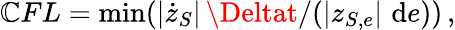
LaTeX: \mathbb{C}FL=\operatorname*{min}(|\dot{{z}}_{S}|\, \Deltat/(|z_{S,e}|\, \, \mathrm{{d}}e))\, ,